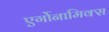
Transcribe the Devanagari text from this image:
एर्गोनामिक्स